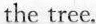
the tree.